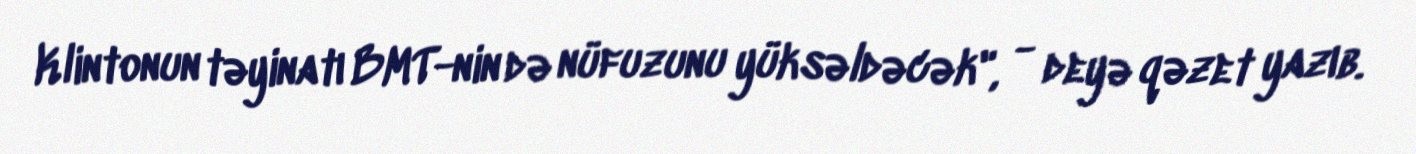
Klintonun təyinatı BMT-nin də nüfuzunu yüksəldəcək", - deyə qəzet yazıb.